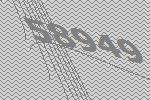
58949